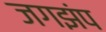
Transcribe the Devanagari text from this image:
जगझंप